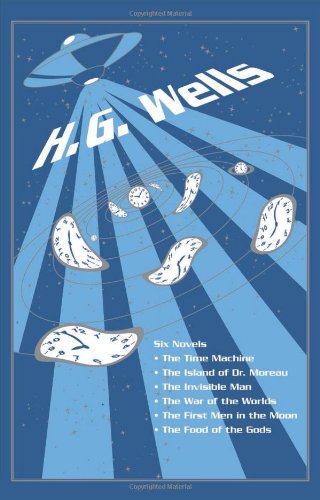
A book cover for H. G. Wells: Six Novels; H. G. Wells; Literature & Fiction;